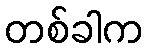
တစ်ခါက